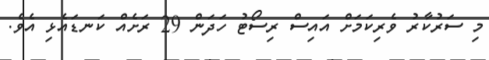
މި ސަރުކާރު ވެރިކަމަށް އައިސް ރިސޯޓު ހަދަން 29 ރަށެއް ކަނޑައެޅި އެވެ.